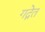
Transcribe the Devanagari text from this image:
गद्गेत